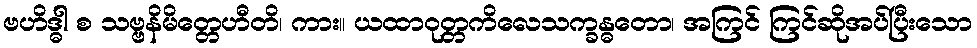
ဗဟိဒ္ဓါ စ သဗ္ဗနိမိတ္တေဟီတိ၊ ကား။ ယထာဝုတ္တကိလေသက္ခန္ဓတော၊ အကြင် ကြင်ဆိုအပ်ပြီးသော